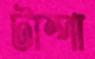
টাম্পা